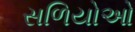
સળિયોઓ